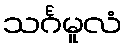
သင်္ဂမူလံ